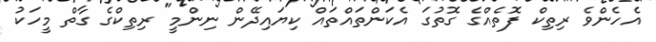
އެހެންވެ ރިތިކް ފޮތެއްގެ ގޮތުގަ އެކަންތައްތައް ކިޔައިދޭން ނިންމީ" ރިތިކްގެ ގާތް މީހަކު